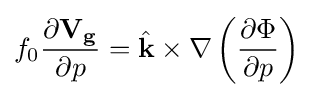
{{f_{0}{\partial \mathbf {V_{g}}  \over \partial p}}={{\hat {\mathbf {k} }}\times \nabla \left({\partial \Phi  \over \partial p}\right)}}